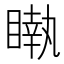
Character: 𥊝